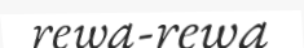
rewa-rewa